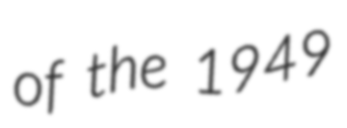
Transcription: of the 1949